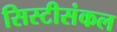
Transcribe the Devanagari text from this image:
सिस्टीसंकल